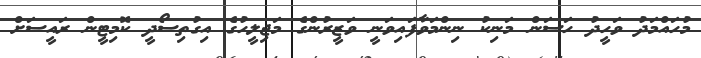
މުހައްމަދު ވަހީދު ހަސަން މަނިކު ނިންމަވާފައިވަނީ ވަޒީރުންގެ މަޖިލީހުގެ އިގުތިސޯދީ ކޮމިޓީން ރައީސަށް